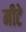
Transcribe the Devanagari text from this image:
मीटे